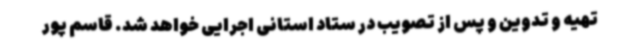
تهیه و تدوین و پس از تصویب در ستاد استانی اجرایی خواهد شد. قاسم پور